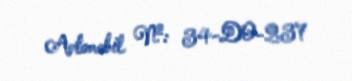
Avtomobil №: 34-DO-237